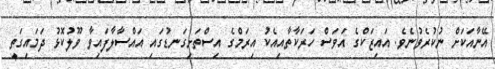
އޭނާއަކަށް ނުކުރެވުނެވެ. އައިޒަކްގެ އަވަސް ހަރަކާތާއިއެކު އިރަމްގެ އިސްތަށިގަނޑުގައި އައްސާލާފައިވާ ވޫލުކޮޅު ދަމައިގަތީ